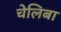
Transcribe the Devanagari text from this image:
चेलिबा